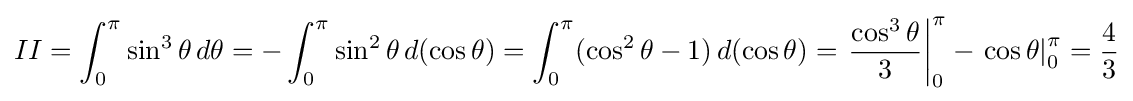
II=\int _{0}^{\pi }\sin ^{3}\theta \,d\theta =-\int _{0}^{\pi }\sin ^{2}\theta \,d(\cos \theta )=\int _{0}^{\pi }(\cos ^{2}\theta -1)\,d(\cos \theta )=\left.{\frac {\cos ^{3}\theta }{3}}\right|_{0}^{\pi }-\left.\cos \theta \right|_{0}^{\pi }={\frac {4}{3}}